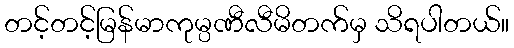
တင့်တင့်မြန်မာကုမ္ပဏီလီမိတက်မှ သိရပါတယ်။